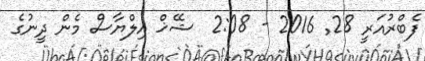
ފެބްރުއަރީ 28